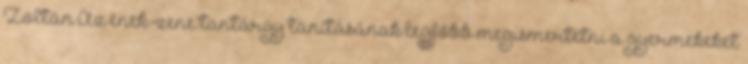
Zoltán Az ének-zene tantárgy tanításának legfőbb megismertetni a gyermekeket